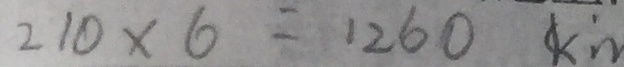
2 1 0 \times 6 = 1 2 6 0 k m